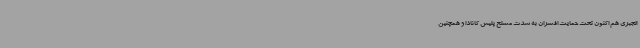
الجبری هم اکنون تحت حمایت افسران به شدت مسلح پلیس کانادا و همچنین